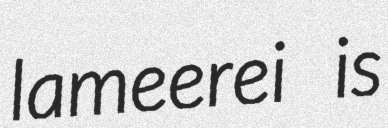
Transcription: lameerei is